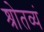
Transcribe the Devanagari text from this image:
श्रोतव्यं